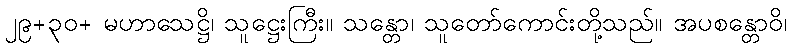
၂၉+၃၀+ မဟာသေဋ္ဌိ၊ သူဋ္ဌေးကြီး။ သန္တော၊ သူတော်ကောင်းတို့သည်။ အပစန္တောဝိ၊